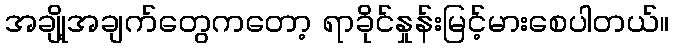
အချို့အချက်တွေကတော့ ရာခိုင်နှုန်းမြင့်မားစေပါတယ်။